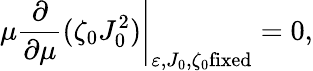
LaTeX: \mu\left.\frac{\partial}{\partial\mu}(\zeta_{0}J_{0}^{2})\right|_{\varepsilon,J_{0},\zeta_{0}\mathrm{fixed}}=0,